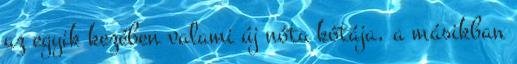
az egyik kezében valami új nóta kótája, a másikban